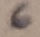
Text: 6